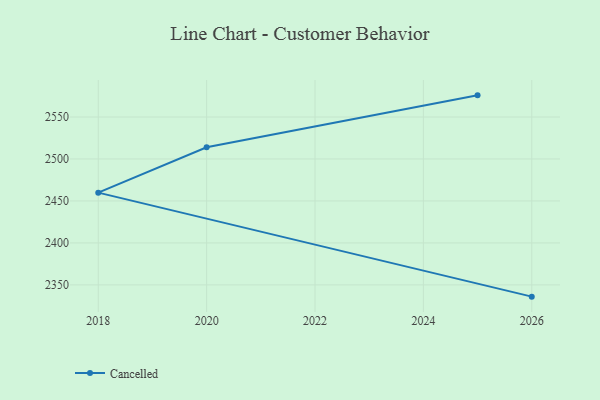
{"axis": {"x": "Year", "y": "Conversion Rate (%)"}, "legend": ["Cancelled"], "data": [{"x": "2025", "y": 2575.8, "type": "Cancelled"}, {"x": "2020", "y": 2513.9, "type": "Cancelled"}, {"x": "2018", "y": 2459.9, "type": "Cancelled"}, {"x": "2026", "y": 2336.0, "type": "Cancelled"}]}